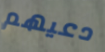
دعيهم